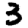
Digit: 3